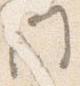
門